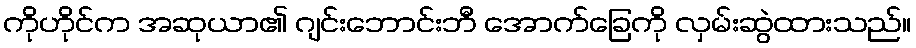
ကိုဟိုင်က အဆုယာ၏ ဂျင်းဘောင်းဘီ အောက်ခြေကို လှမ်းဆွဲထားသည်။